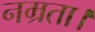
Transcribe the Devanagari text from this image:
नम्रता।